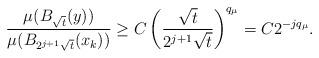
LaTeX: \begin{align*} \frac{\mu(B_{\sqrt{t}}(y))}{\mu(B_{2^{j+1}\sqrt{t}}(x_k))}\ge C\left(\frac{\sqrt{t}}{2^{j+1}\sqrt{t}}\right)^{q_\mu}=C2^{-jq_\mu}.\end{align*}